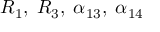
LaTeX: R _ { 1 } , \; R _ { 3 } , \; \alpha _ { 1 3 } , \; \alpha _ { 1 4 }